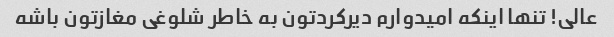
عالی! تنها اینکه امیدوارم دیرکردتون به خاطر شلوغی مغازتون باشه